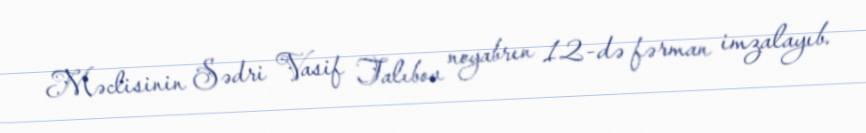
Məclisinin Sədri Vasif Talıbov noyabrın 12-də fərman imzalayıb.